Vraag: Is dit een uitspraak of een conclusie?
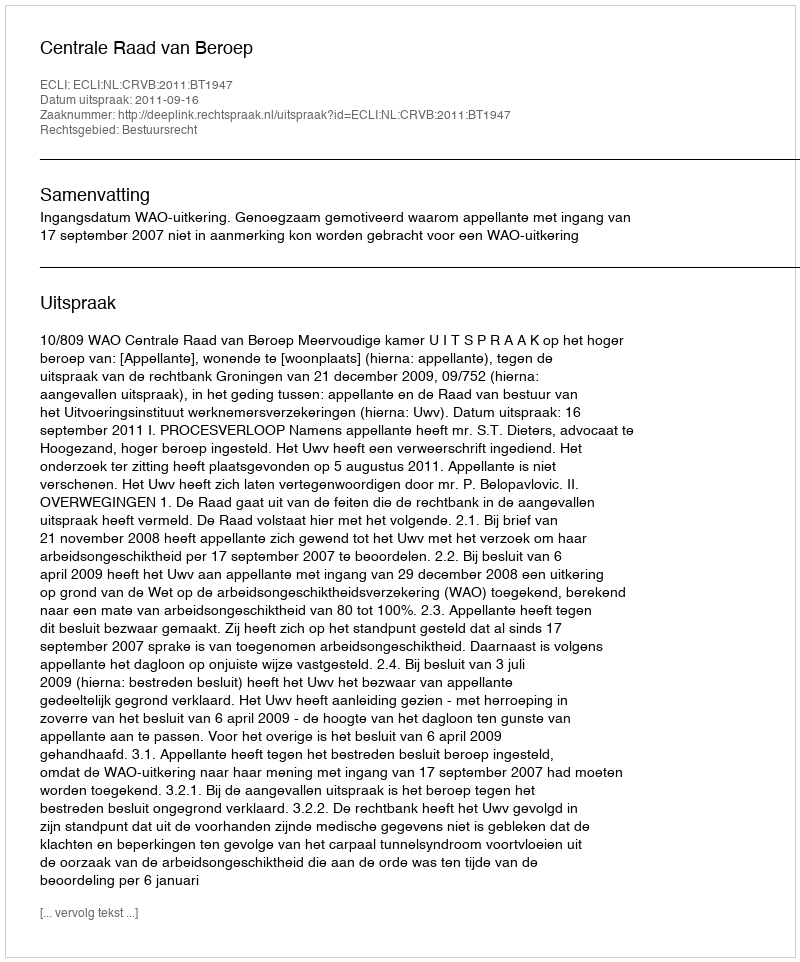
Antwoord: Uitspraak